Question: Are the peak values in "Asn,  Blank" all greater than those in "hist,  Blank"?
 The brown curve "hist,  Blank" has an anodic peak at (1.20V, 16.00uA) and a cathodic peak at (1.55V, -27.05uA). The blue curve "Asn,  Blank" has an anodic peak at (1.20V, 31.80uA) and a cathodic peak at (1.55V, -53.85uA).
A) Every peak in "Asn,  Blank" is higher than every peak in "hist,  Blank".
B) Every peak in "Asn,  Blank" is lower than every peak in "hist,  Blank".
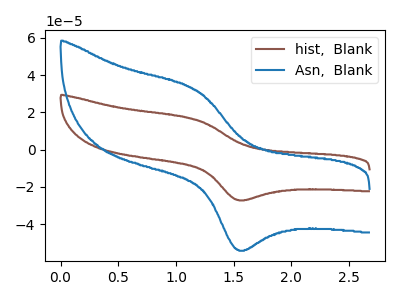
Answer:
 <answer>A) Every peak in "Asn,  Blank" is higher than every peak in "hist,  Blank".</answer>
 <eval>A</eval>